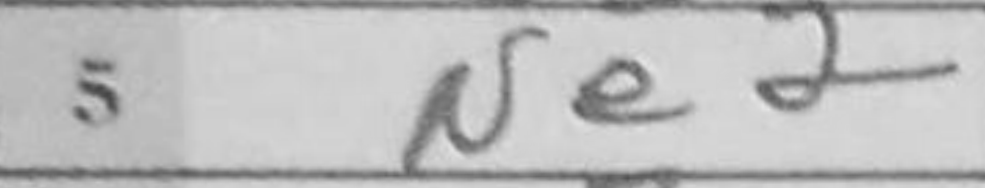
Transcription: Ne2